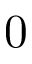
0